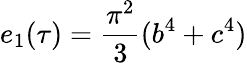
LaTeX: e_{1}(\tau)={\frac{\pi^{2}}{3}}(b^{4}+c^{4})